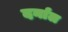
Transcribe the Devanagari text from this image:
दर्नाल